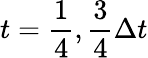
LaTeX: t=\frac{1}{4},\frac{3}{4}\Delta t